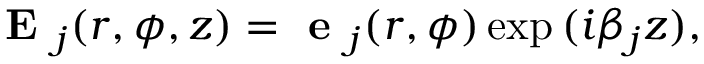
\textbf { E } _ { j } ( r , \phi , z ) = \textbf { e } _ { j } ( r , \phi ) \exp { ( i \beta _ { j } z ) } ,